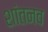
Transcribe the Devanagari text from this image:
शांतनव